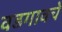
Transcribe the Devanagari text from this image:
वडगावचे